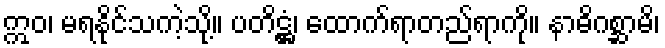
ဣဝ၊ မရနိုင်သကဲ့သို့။ ပတိဋ္ဌံ၊ ထောက်ရာတည်ရာကို။ နာဓိဂစ္ဆာမိ၊